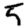
Digit: 5